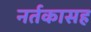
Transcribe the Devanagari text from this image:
नर्तकासह